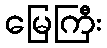
မြေကြီး